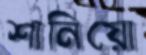
শানিয়ো